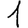
Digit: 1